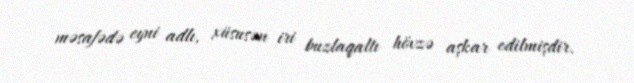
məsafədə eyni adlı, xüsusən iri buzlaqaltı hövzə aşkar edilmişdir.